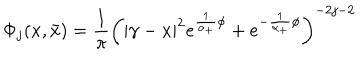
\Phi _ { j } ( x , \bar { x } ) = \frac 1 \pi \left( \left| \gamma - x \right| ^ { 2 } e ^ { \frac 1 { \alpha _ { + } } \phi } + e ^ { - \frac 1 { \alpha _ { + } } \phi } \right) ^ { - 2 j - 2 }